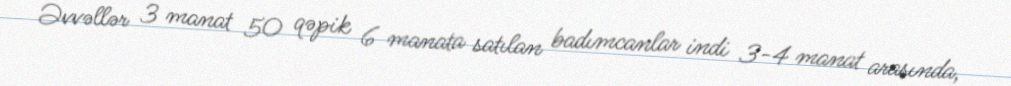
Əvvəllər 3 manat 50 qəpik 6 manata satılan badımcanlar indi 3-4 manat arasında,